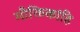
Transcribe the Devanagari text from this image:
मौक्तिकांहि